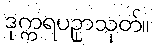
ဒုက္ကရပဥှာသုတ်။